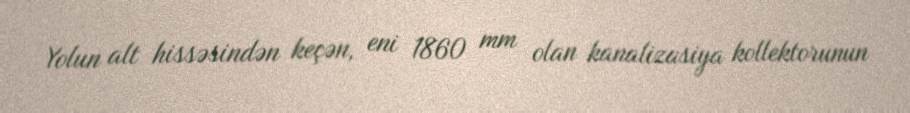
Yolun alt hissəsindən keçən, eni 1860 mm olan kanalizasiya kollektorunun